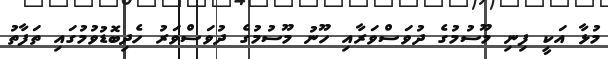
މުޅާ އަކީ ފިނި މޫސުމުގެ ދުވަސްވަރާއި ހޫނު މޫސުމުގެ ދުވަސްވަރު ހެދިބޮޑުވުމުގައި ތަފާތު